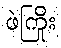
ဖဲကြိုး